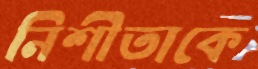
নিশীতাকে